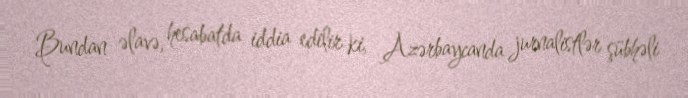
Bundan əlavə, hesabatda iddia edilir ki, Azərbaycanda jurnalistlər şübhəli